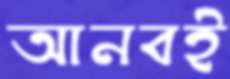
আনবই